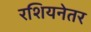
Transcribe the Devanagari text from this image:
रशियनेतर